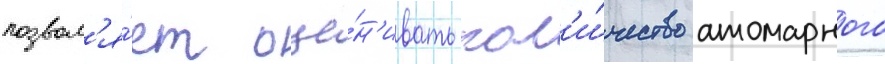
позвол'я́ет оце́н'ивать кол'и́чество атомарного